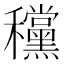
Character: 𥤗